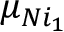
\mu _ { N i _ { 1 } }